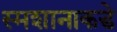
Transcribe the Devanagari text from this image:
स्मशानाकडे